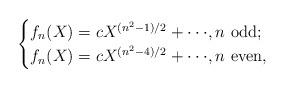
LaTeX: \begin{align*} \begin{cases}f_{n}(X) = c X^{(n^2-1)/2} + \cdot \cdot \cdot , n \textrm { odd};\\f_{n}(X) = c X^{(n^2-4)/2} + \cdot \cdot \cdot , n \textrm { even}, \end{cases}\end{align*}